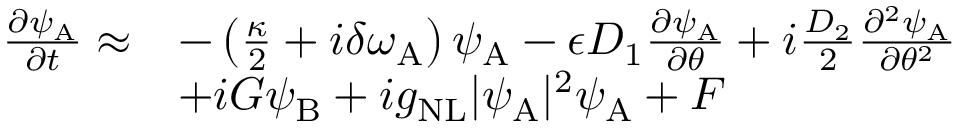
\begin{array} { r l } { \frac { \partial \psi _ { \mathrm { A } } } { \partial t } \approx } & { - \left( \frac { \kappa } { 2 } + i \delta \omega _ { \mathrm { A } } \right) \psi _ { \mathrm { A } } - \epsilon D _ { 1 } \frac { \partial \psi _ { \mathrm { A } } } { \partial \theta } + i \frac { D _ { 2 } } { 2 } \frac { \partial ^ { 2 } \psi _ { \mathrm { A } } } { \partial \theta ^ { 2 } } } \\ & { + i G \psi _ { \mathrm { B } } + i g _ { \mathrm { N L } } \vert \psi _ { \mathrm { A } } \vert ^ { 2 } \psi _ { \mathrm { A } } + F } \end{array}